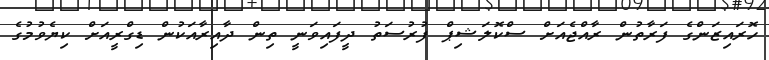
ހޮރައިޒަންގެ ފަރާތުން ރާއްޖެއަށް ސްކޮލަޝިޕް ފުރުސަތު ދީފައިވަނީ ތިން ދާއިރާއަކުން ޑިގްރީއަށް ކިޔެވުމުގެ